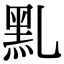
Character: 䵝